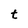
Character: t